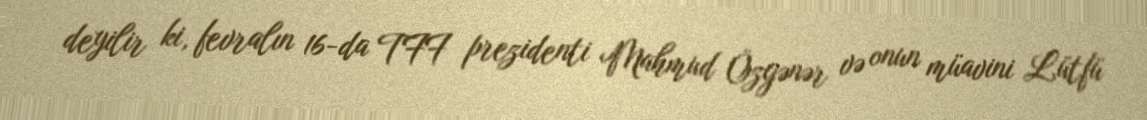
deyilir ki, fevralın 16-da TFF prezidenti Mahmud Özgənər və onun müavini Lütfü